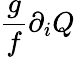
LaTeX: \frac{g}{f}\partial_{i}Q